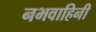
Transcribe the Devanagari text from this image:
नभवाहिनी